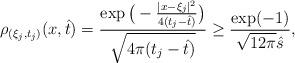
LaTeX: \begin{align*}\rho_{(\xi_j,t_j)}(x,{\hat t})=\frac{\exp\big(-\frac{|x-\xi_j|^2}{4(t_j-{\hat t})}\big)}{\sqrt{4\pi (t_j-{\hat t})}}\geq \frac{\exp(-1)}{\sqrt{12\pi} {\hat s}},\end{align*}